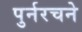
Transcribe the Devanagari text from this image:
पुर्नरचने